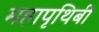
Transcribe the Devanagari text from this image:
महापृथिबी